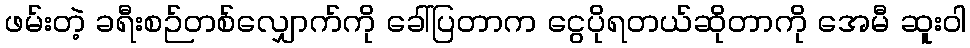
ဖမ်းတဲ့ ခရီးစဉ်တစ်လျှောက်ကို ခေါ်ပြတာက ငွေပိုရတယ်ဆိုတာကို အေမီ ဆူးဝါ